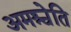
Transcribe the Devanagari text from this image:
अमश्चेति